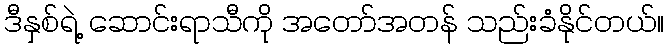
ဒီနှစ်ရဲ့ ဆောင်းရာသီကို အတော်အတန် သည်းခံနိုင်တယ်။